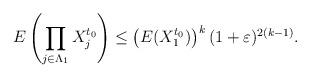
LaTeX: \begin{align*}E\left(\prod_{j \in \Lambda_1}X_j^{t_0}\right) \leq \left(E(X_1^{t_0})\right)^k(1 + \varepsilon)^{2(k-1)}.\end{align*}